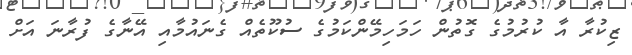
ޒިކުރާ އާ ކުރުމުގެ ގޮތުން ހަމަހިމޭންކަމުގެ ސުކޫތެއް ގެނައުމާއި އޭނާގެ ފުރާނަ އަށް